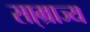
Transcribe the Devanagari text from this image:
सा्म्राज्य